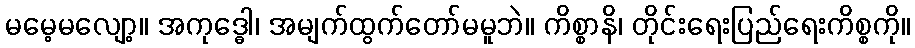
မမေ့မလျော့။ အကုဒ္ဓေါ၊ အမျက်ထွက်တော်မမူဘဲ။ ကိစ္စာနိ၊ တိုင်းရေးပြည်ရေးကိစ္စကို။